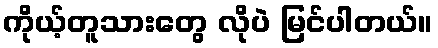
ကိုယ့်တူသားတွေ လိုပဲ မြင်ပါတယ်။